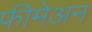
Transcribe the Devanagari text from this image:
फीमेअन